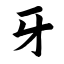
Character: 牙